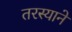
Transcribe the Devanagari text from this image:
तरस्याने